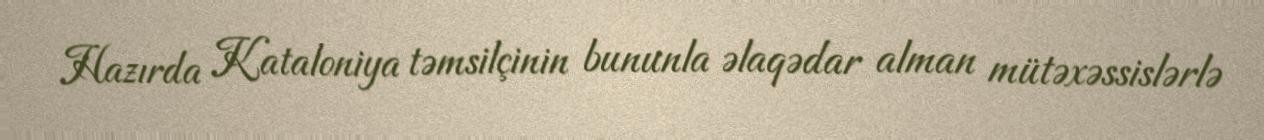
Hazırda Kataloniya təmsilçinin bununla əlaqədar alman mütəxəssislərlə